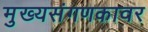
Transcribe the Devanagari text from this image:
मुख्यसंगणकावर